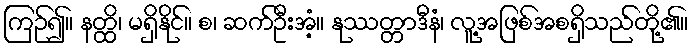
ကြဉ်၍။ နတ္ထိ၊ မရှိနိုင်။ စ၊ ဆက်ဦးအံ့။ နုဿတ္တာဒီနံ၊ လူ့အဖြစ်အစရှိသည်တို့၏။